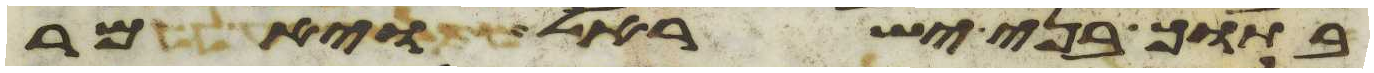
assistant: בתוך בני ישראל ויאמר